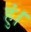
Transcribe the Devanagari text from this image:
हुं।